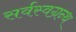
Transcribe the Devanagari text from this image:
सर्वस्वग्रन्थ